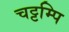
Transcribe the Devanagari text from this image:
चट्टम्पि